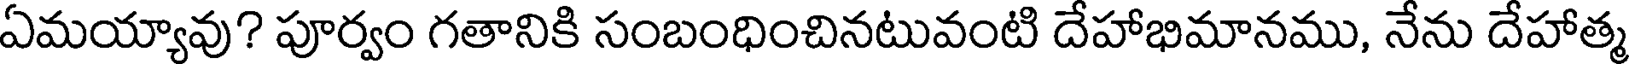
ఏమయ్యావు? పూర్వం గతానికి సంబంధించినటువంటి దేహాభిమానము, నేను దేహాత్మ